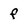
Character: f